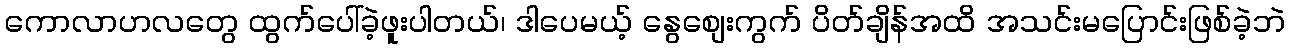
ကောလာဟလတွေ ထွက်ပေါ်ခဲ့ဖူးပါတယ်၊ ဒါပေမယ့် နွေစျေးကွက် ပိတ်ချိန်အထိ အသင်းမပြောင်းဖြစ်ခဲ့ဘဲ